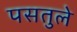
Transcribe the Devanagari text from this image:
पसतुले